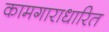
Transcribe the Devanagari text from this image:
कामगाराधारित